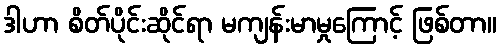
ဒါဟာ စိတ်ပိုင်းဆိုင်ရာ မကျန်းမာမှုကြောင့် ဖြစ်တာ။